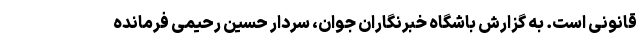
قانونی است. به گزارش باشگاه خبرنگاران جوان، سردار حسین رحیمی فرمانده